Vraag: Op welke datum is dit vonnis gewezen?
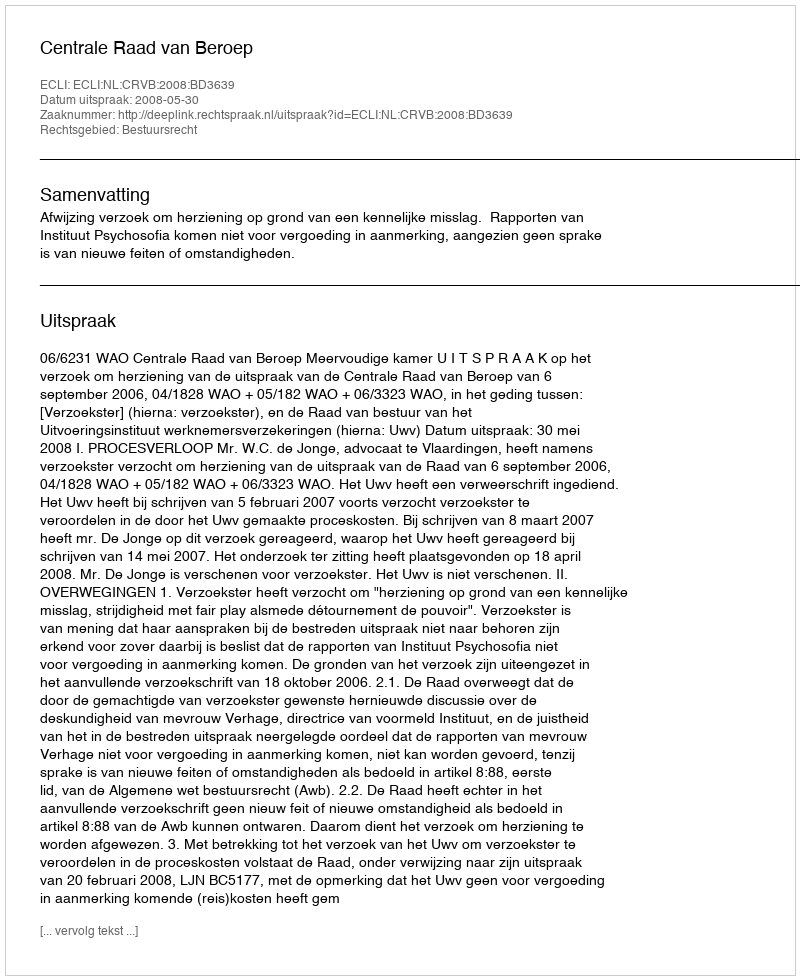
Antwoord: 2008-05-30